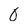
Character: 0